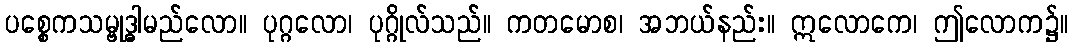
ပစ္စေကသမ္ဗုဒ္ဓါမည်လော။ ပုဂ္ဂလော၊ ပုဂ္ဂိုလ်သည်။ ကတမောစ၊ အဘယ်နည်း။ ဣလောကေ၊ ဤလောက၌။